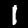
Digit: 1